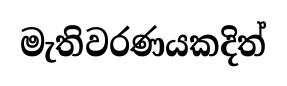
මැතිවරණයකදිත්